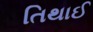
તિથાઈ